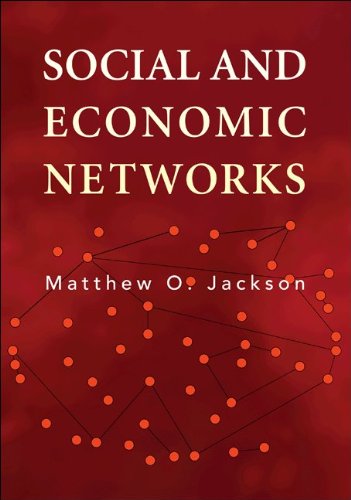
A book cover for Social and Economic Networks; Matthew O. Jackson; Business & Money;